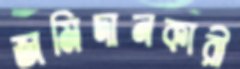
জমিদানকারী